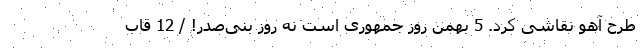
طرح آهو نقاشی کرد. 5 بهمن روز جمهوری است نه روز بنی‌صدر! / 12 قاب